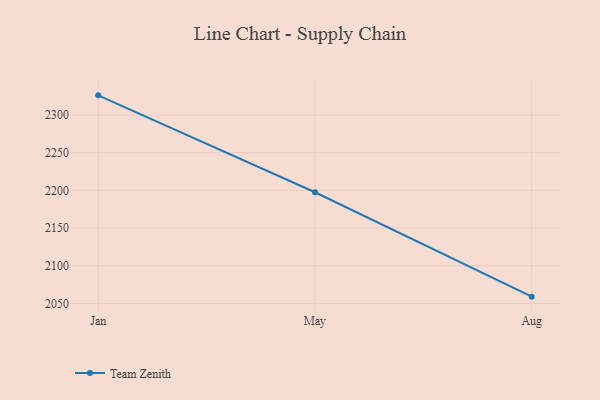
{"axis": {"x": "Month", "y": "Churn Rate (%)"}, "legend": ["Team Zenith"], "data": [{"x": "Jan", "y": 2326.2, "type": "Team Zenith"}, {"x": "May", "y": 2197.5, "type": "Team Zenith"}, {"x": "Aug", "y": 2058.9, "type": "Team Zenith"}]}